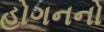
હોગનનો